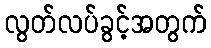
လွတ်လပ်ခွင့်အတွက်